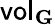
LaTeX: \mathsf{vol}_{\mathbf{G}}